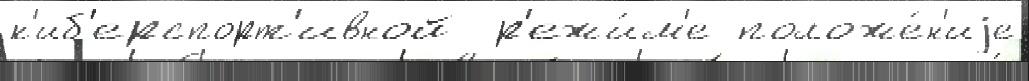
к'иб'ерспорт'ивной  р'ежи́м'е положе́н'иjе